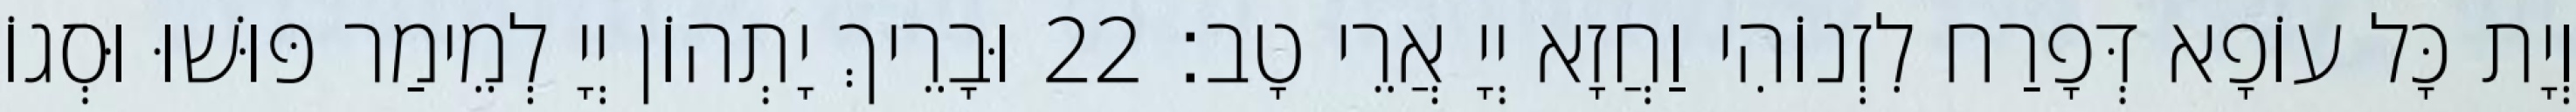
וְיָת כָּל עוֹפָא דְּפָרַח לִזְנוֹהִי וַחֲזָא יְיָ אֲרֵי טָב׃ 22 וּבָרֵיךְ יָתְהוֹן יְיָ לְמֵימַר פּוּשׁוּ וּסְגוֹ